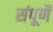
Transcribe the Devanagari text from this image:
संपूर्णै